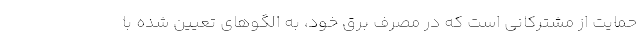
حمایت از مشترکانی است که در مصرف برق خود، به الگوهای تعیین شده با